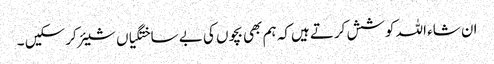
ان شاء اللہ کوشش کرتے ہیں‌کہ ہم بھی بچوں کی بے ساختگیاں شیئر کرسکیں ۔